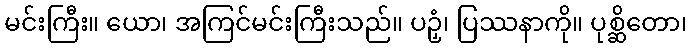
မင်းကြီး။ ယော၊ အကြင်မင်းကြီးသည်။ ပဉှံ၊ ပြဿနာကို။ ပုစ္ဆိတော၊